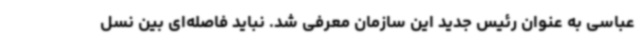
عباسی به عنوان رئیس جدید این سازمان معرفی شد. نباید فاصله‌ای بین نسل